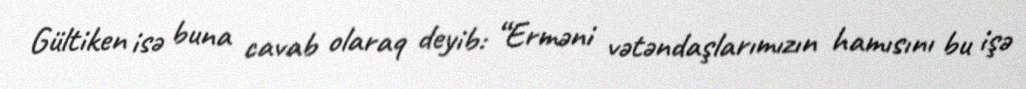
Gültiken isə buna cavab olaraq deyib: “Erməni vətəndaşlarımızın hamısını bu işə